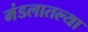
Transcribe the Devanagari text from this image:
मंडलातल्या